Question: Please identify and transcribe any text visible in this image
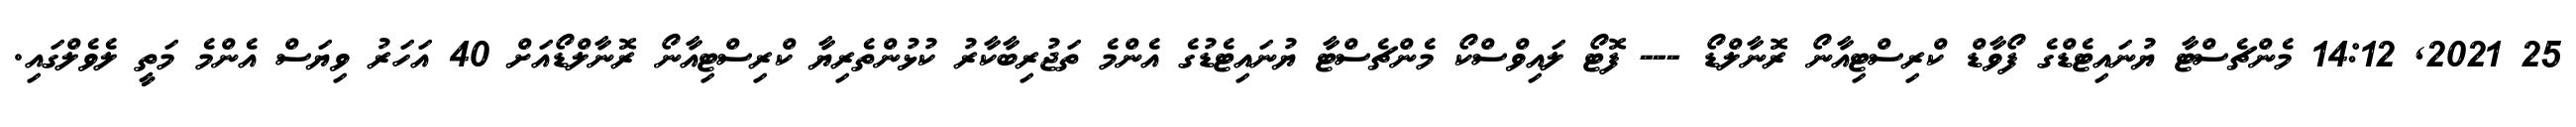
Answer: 25 2021, 14:12 މެންޗެސްޓާ ޔުނައިޓެޑްގެ ފޯވާޑް ކްރިސްޓިއާނޯ ރޮނާލްޑޯ --- ފޮޓޯ ލައިވްސްކޯ މެންޗެސްޓާ ޔުނައިޓެޑުގެ އެންމެ ތަޖުރިބާކާރު ކުޅުންތެރިޔާ ކްރިސްޓިއާނޯ ރޮނާލްޑޯއަށް 40 އަހަރު ވިޔަސް އެންމެ މަތީ ލެވެލްގައި.